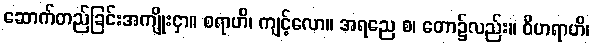
ဆောက်တည်ခြင်းအကျိုးငှာ။ စရာဟိ၊ ကျင့်လော။ အရညေ စ၊ တော၌လည်း။ ဝိဟရာဟိ၊